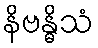
နိဗန္ဓိသံ